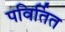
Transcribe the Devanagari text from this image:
पविर्तित